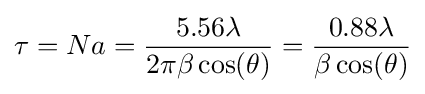
\tau =Na={\frac {5.56\lambda }{2\pi \beta \cos(\theta )}}={\frac {0.88\lambda }{\beta \cos(\theta )}}